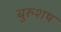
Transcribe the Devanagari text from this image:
बुरुशष